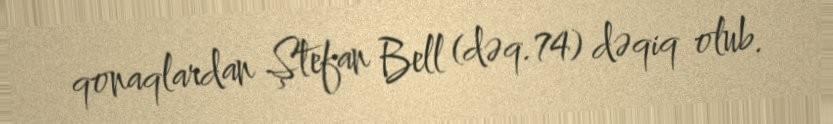
qonaqlardan Ştefan Bell (dəq.74) dəqiq olub.